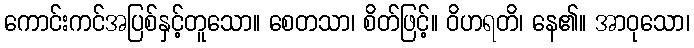
ကောင်းကင်အပြစ်နှင့်တူသော။ စေတသာ၊ စိတ်ဖြင့်။ ဝိဟရတိ၊ နေ၏။ အာဝုသော၊